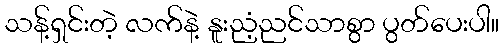
သန့်ရှင်းတဲ့ လက်နဲ့ နူးညံ့ညင်သာစွာ ပွတ်ပေးပါ။